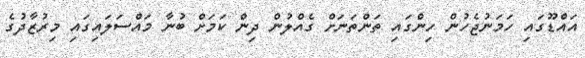
އައްޑޫގައި ހަމަނުޖެހުން ހިންގައި ތަންތަނަށް ގެއްލުން ދިން ކަމަށް ބުނާ މައްސަލައިގައި މިރުޒާދުގެ